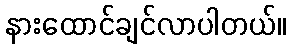
နားထောင်ချင်လာပါတယ်။